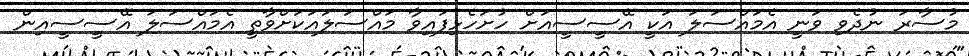
މުސާރަ ނުދެވި ވަނީ އެމައްސަލަ އަކީ އޭސީސީއަށް ހުށަހެޅިފައިވާ މައްސަލައަކަށްވާތީ އެމައްސަލަ އޭސީސީއިން